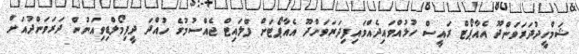
ޝަމްހީދުދަރަވަންދޫ އެއާޕޯޓް ރައީސް ހުޅުއްވައިދެއްވައިފިދަރަވަންދޫ އެއާޕޯޓަށް ފްލައިޓް ޖެއްސުމުގެ ހުއްދަ ދީފިމޯލްޑިވިއަނުން ދަރަވަންދުއަށް